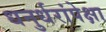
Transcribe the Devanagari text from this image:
धनुर्धरांपेक्षा